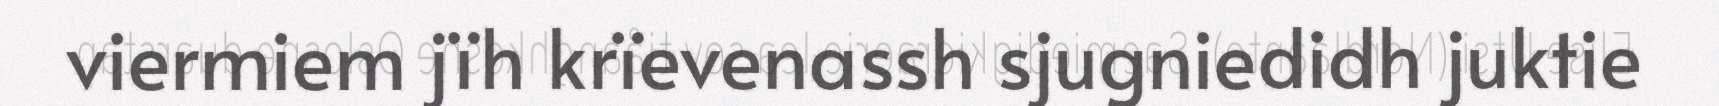
viermiem jïh krïevenassh sjugniedidh juktie